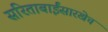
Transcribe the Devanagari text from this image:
सरिताबाईंसारखेच